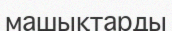
машықтарды